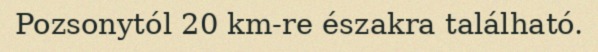
Pozsonytól 20 km-re északra található.